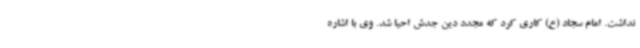
نداشت. امام سجاد (ع) کاری کرد که مجدد دین جدش احیا شد. وی با اشاره